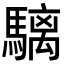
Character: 𩥬